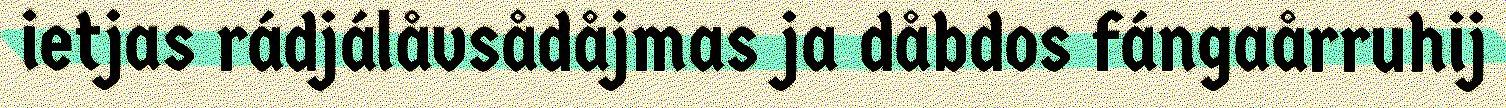
ietjas rádjálåvsådåjmas ja dåbdos fángaårruhij